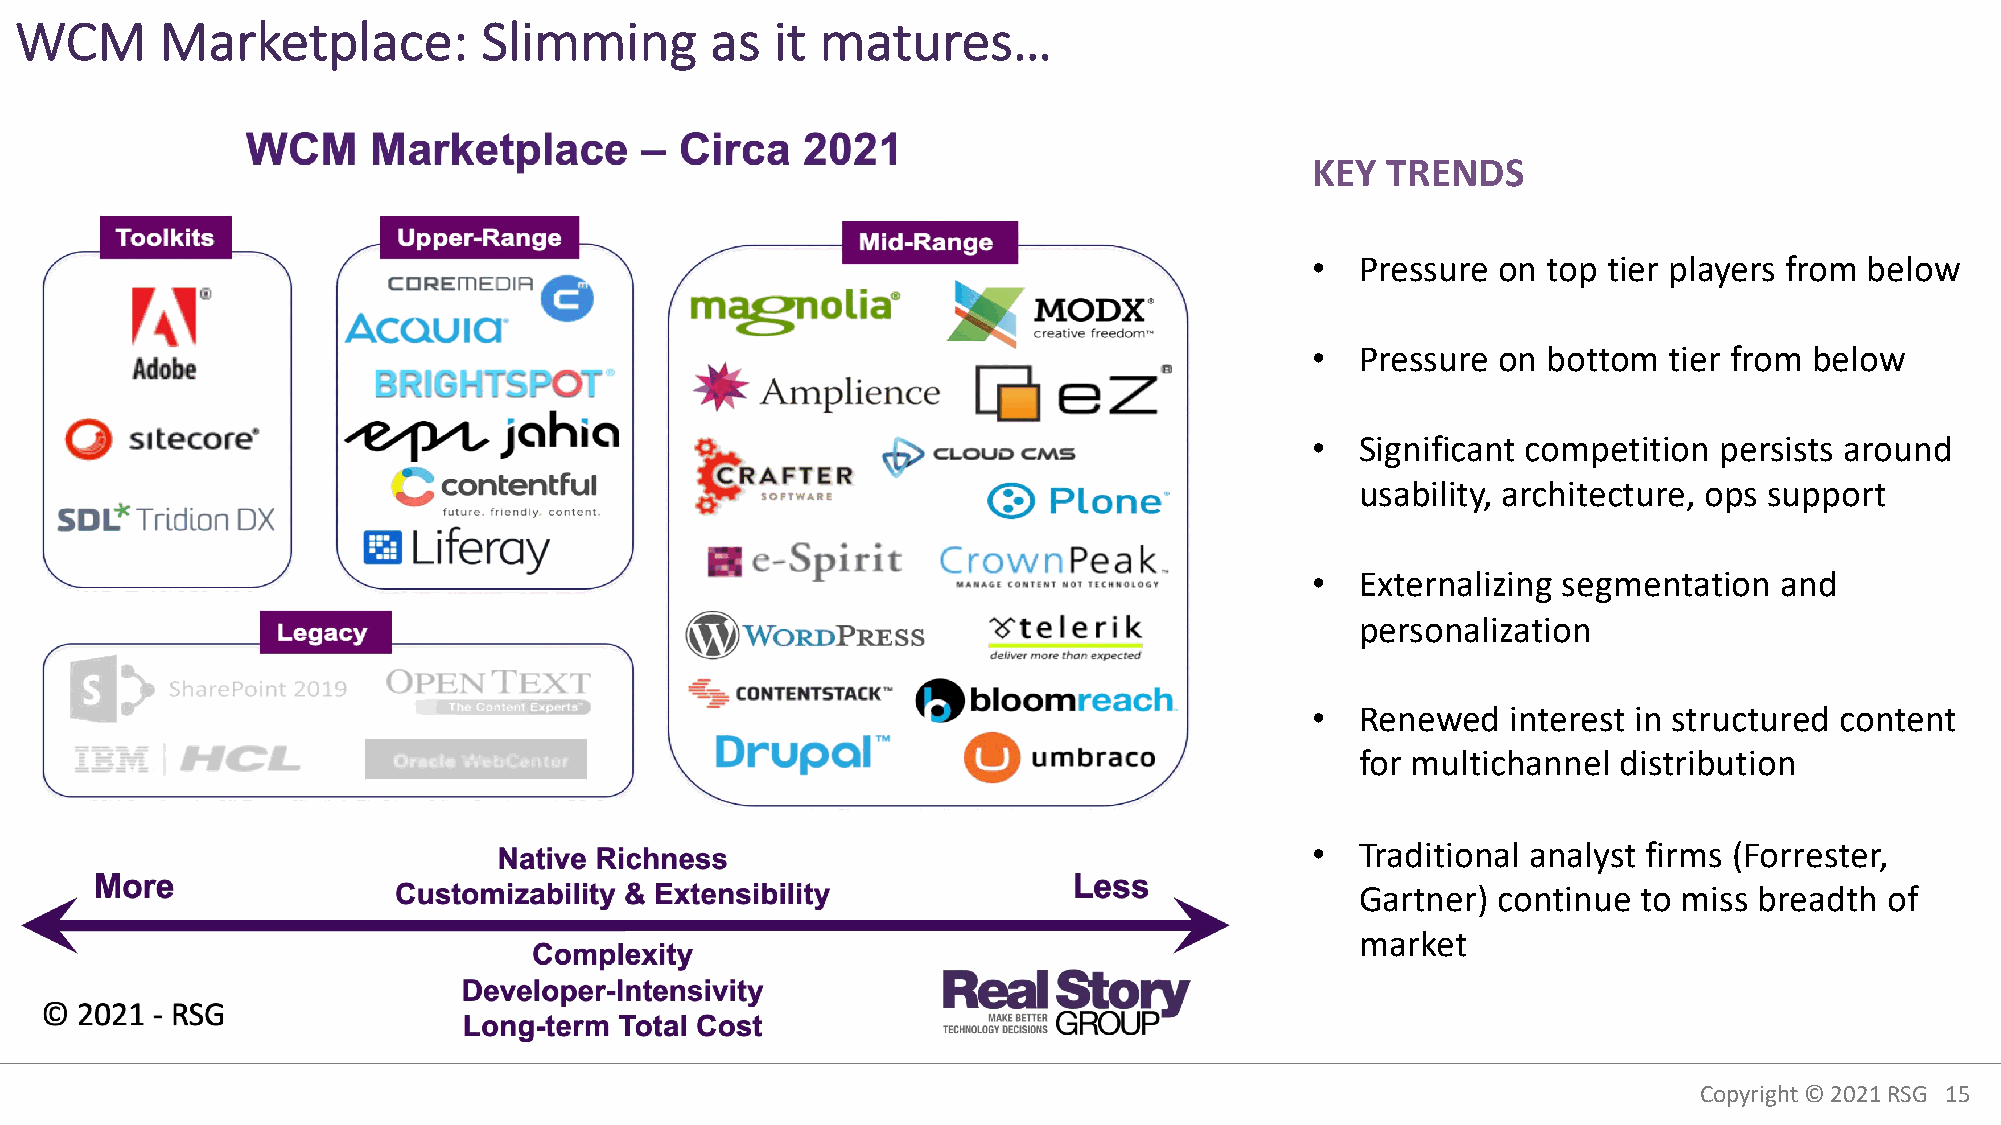
WCM       Marketplace:         Slimming       as  it matures…
 KEY  TRENDS
 •  Pressure on top tier players from below
 •  Pressure on bottom  tier from below
 •  Significant competition persists around
 usability, architecture, ops support
 •  Externalizing segmentation  and
 personalization
 •  Renewed   interest in structured content
 for multichannel distribution
 •  Traditional analyst firms (Forrester,
 Gartner) continue  to miss breadth of
 market
 Copyright © 2021RSG 15